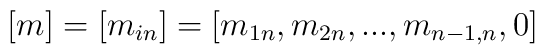
[m]=[m_{i n }]=[m_{1 n}, m_{2 n}, . . . , m_{{n-1}, n}, 0]